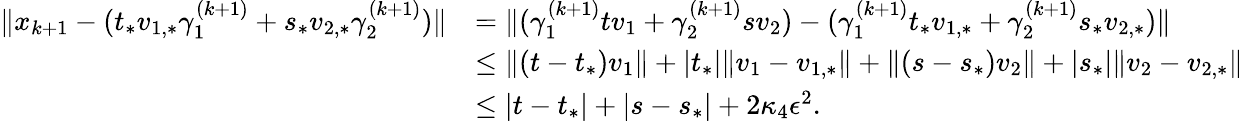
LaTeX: \begin{array}{rl}{\| x_{k+1}-(t_{*}v_{1,*}\gamma_{1}^{(k+1)}+s_{*}v_{2,*}\gamma_{2}^{(k+1)})\| }&{=\| (\gamma_{1}^{(k+1)}tv_{1}+\gamma_{2}^{(k+1)}sv_{2})-(\gamma_{1}^{(k+1)}t_{*}v_{1,*}+\gamma_{2}^{(k+1)}s_{*}v_{2,*})\| }\\ &{\leq\| (t-t_{*})v_{1}\| +|t_{*}|\| v_{1}-v_{1,*}\| +\| (s-s_{*})v_{2}\| +|s_{*}|\| v_{2}-v_{2,*}\| }\\ &{\leq|t-t_{*}|+|s-s_{*}|+2\kappa_{4}\epsilon^{2}.}\end{array}